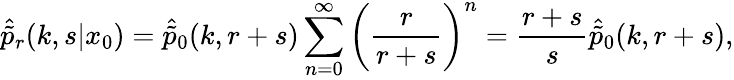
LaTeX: \hat{\tilde{p}}_{r}(k,s|x_{0})=\hat{\tilde{p}}_{0}(k,r+s)\sum_{n=0}^{\infty}\left(\frac{r}{r+s}\right)^{n}=\frac{r+s}{s}\hat{\tilde{p}}_{0}(k,r+s),